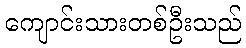
ကျောင်းသားတစ်ဦးသည်